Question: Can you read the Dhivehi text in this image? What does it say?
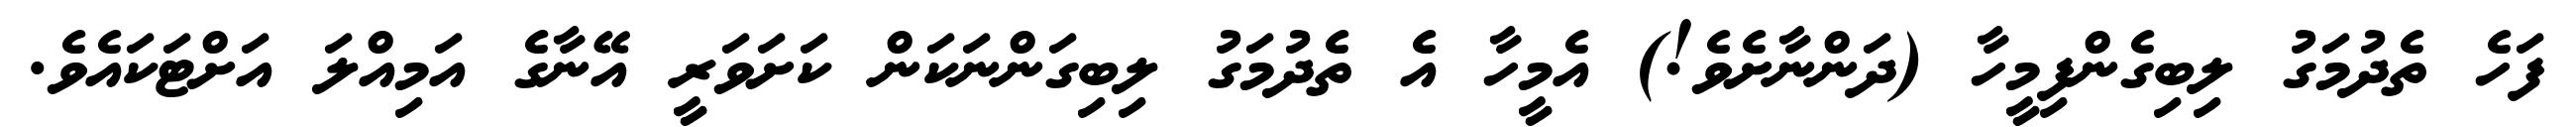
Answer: ފަހެ ތެދުމަގު ލިބިގެންފިމީހާ (ދަންނާށެވެ!) އެމީހާ އެ ތެދުމަގު ލިބިގަންނަކަން ކަށަވަރީ އޭނާގެ އަމިއްލަ އަށްޓަކައެވެ.